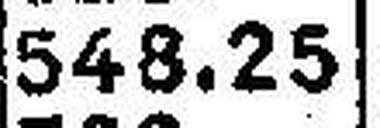
548.25